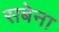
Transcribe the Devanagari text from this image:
सबेना